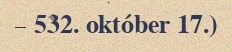
– 532. október 17.)